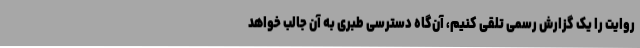
روایت را یک گزارش رسمی تلقی کنیم، آن‌گاه دسترسی طبری به آن جالب خواهد